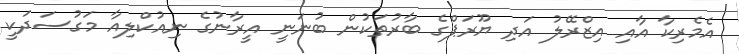
އެމެރިކާ އާއި އިޒްރޭލު އަދި ޔޫރަޕްގެ ބާރުތަކުން ބުނަނީ އީރާނުގެ ނިއުކްލިއާ މަގުސަދަކީ